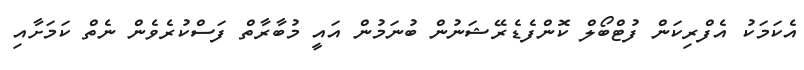
އެކަމަކު އެފްރިކަން ފުޓްބޯލް ކޮންފެޑެރޭޝަނުން ބުނަމުން އައީ މުބާރާތް ފަސްކުރެވެން ނެތް ކަމަށާއި